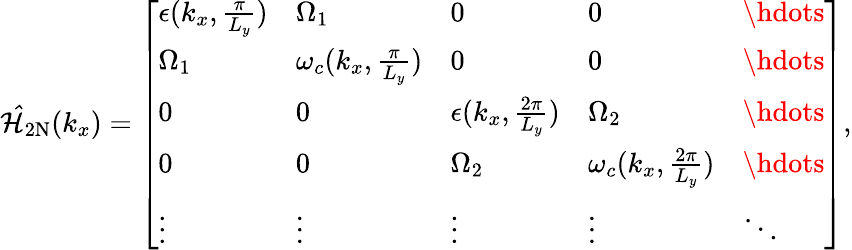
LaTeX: \begin{array}{r}{\mathcal{\hat{H}}_{\mathrm{2N}}({k_{x}})=\left[\begin{array}{lllll}{\epsilon(k_{x},\frac{\pi}{L_{y}})}&{{\Omega}_{1}}&{0}&{0}&{\hdots}\\ {{\Omega}_{1}}&{\omega_{c}({k_{x},\frac{\pi}{L_{y}}})}&{0}&{0}&{\hdots}\\ {0}&{0}&{\epsilon(k_{x},\frac{2\pi}{L_{y}})}&{{\Omega}_{2}}&{\hdots}\\ {0}&{0}&{{\Omega}_{2}}&{\omega_{c}({k_{x},\frac{2\pi}{L_{y}}})}&{\hdots}\\ {\vdots}&{\vdots}&{\vdots}&{\vdots}&{\ddots}\end{array}\right],}\end{array}